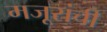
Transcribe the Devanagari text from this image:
मजूरांची